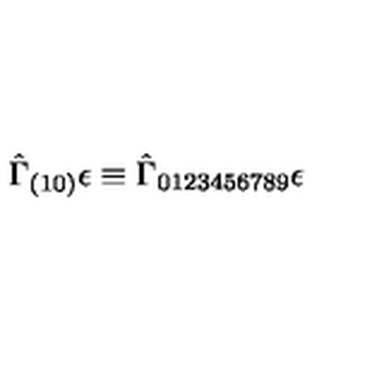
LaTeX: \hat { \Gamma } _ { ( 1 0 ) } \epsilon \equiv \hat { \Gamma } _ { 0 1 2 3 4 5 6 7 8 9 } \epsilon